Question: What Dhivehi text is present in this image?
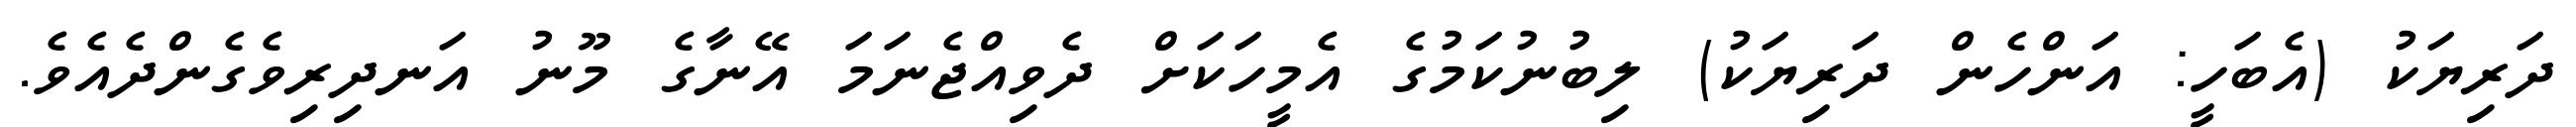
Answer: ދަރިޔަކު (އެބަހީ: އަންހެން ދަރިޔަކު) ލިބުނުކަމުގެ އެމީހަކަށް ދެވިއްޖެނަމަ އޭނާގެ މޫނު އަނދިރިވެގެންދެއެވެ.